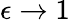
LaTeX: \epsilon\to 1